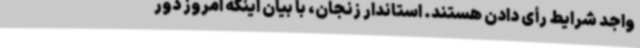
واجد شرایط رأی دادن هستند. استاندار زنجان، با بیان اینکه امروز دور